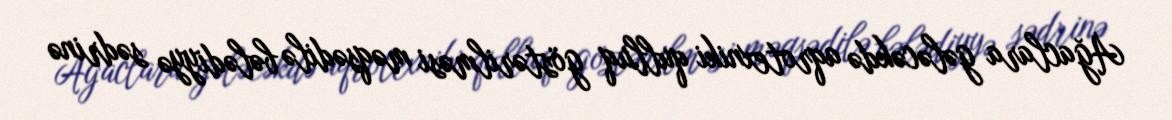
Ağaclara gələcəkdə aqrotexniki qulluq göstərilməsi məqsədilə bələdiyyə sədrinə